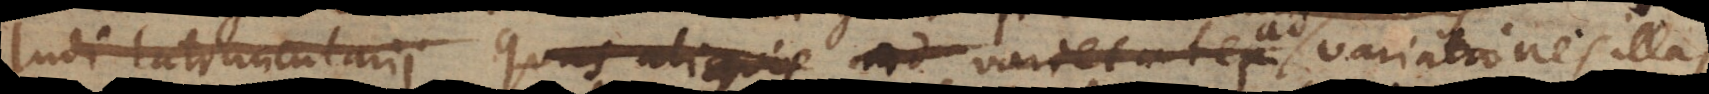
ludi latruncularii quas aliquis ad varietates variationes illas